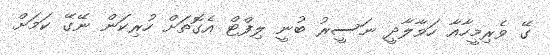
ގޭ ވެރިމީހާއާ ހަވާލާދީ ނަސީރު ބުނީ ލިފްޓް އެގޮތަށް ހުރިކަން ނޭގޭ ކަމަށް